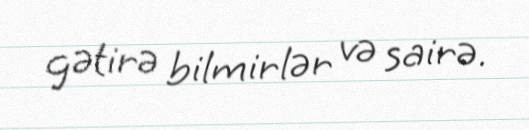
gətirə bilmirlər və sairə.